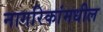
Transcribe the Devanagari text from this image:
नागरिकांमधील